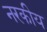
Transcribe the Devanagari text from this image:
नरकीय